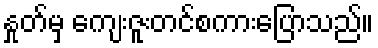
နှုတ်မှ ကျေးဇူးတင်စကားပြောသည်။